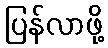
ပြန်လာဖို့